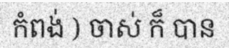
កំពង់ ) ចាស់ ក៏ បាន